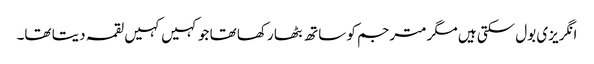
انگریزی بول سکتی ہیں مگر مترجم کو ساتھ بٹھا رکھا تھا جو کہیں کہیں لقمہ دیتا تھا۔